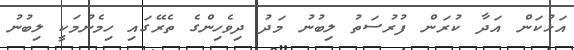
އަޅުކަން އަދާ ކުރަން ފުރުސަތު ލިބުނު މަދު ދިވެހިންގެ ތެރޭގައި ހިމެނުމަކީ ލިބުނު